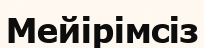
Мейірімсіз